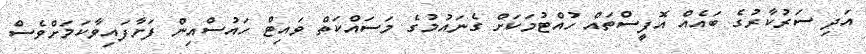
އަދި ސަރުކާރުގެ ބައެއް އޮފީސްތައް ހުއްޓުމަކަށް ގެނައުމުގެ މަސައްކަތް ވައިޓް ހައުސްއިން ފަށާފައިވާކަމަށްވެސް